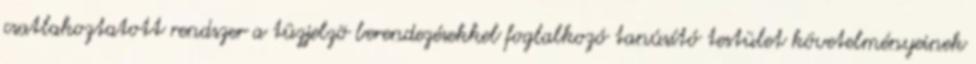
csatlakoztatott rendszer a tûzjelzõ berendezésekkel foglalkozó tanúsító testület követelményeinek